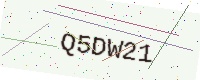
Text: Q5DW21